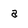
Character: a